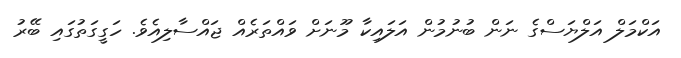
އަކްމަލް އަލްޔަަސްގެ ނަން ބުނުމުން އަލައިކާ މޫނަށް ވައްތަރެއް ޖައްސާލިއެވެ. ހަގީގަތުގައި ބޭރު